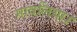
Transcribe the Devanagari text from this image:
मावलिया।